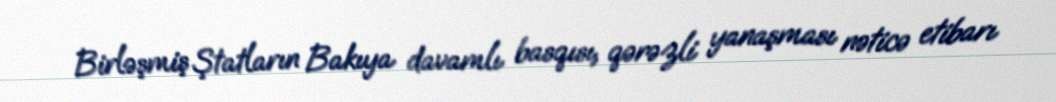
Birləşmiş Ştatların Bakıya davamlı basqısı, qərəzli yanaşması nəticə etibarı